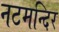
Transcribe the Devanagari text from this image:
नटमन्दिर